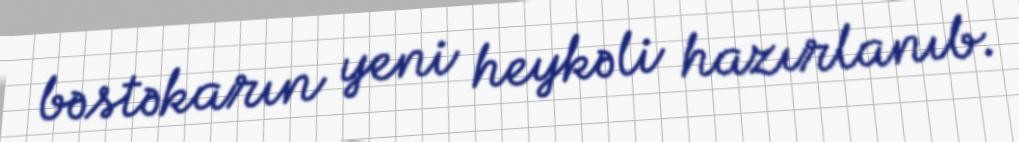
bəstəkarın yeni heykəli hazırlanıb.